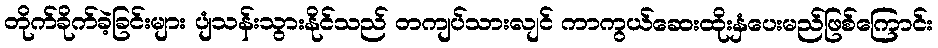
တိုက်ခိုက်ခဲ့ခြင်းများ ပျံသန်းသွားနိုင်သည် တကျပ်သားလျင် ကာကွယ်ဆေးထိုးနှံပေးမည်ဖြစ်ကြောင်း